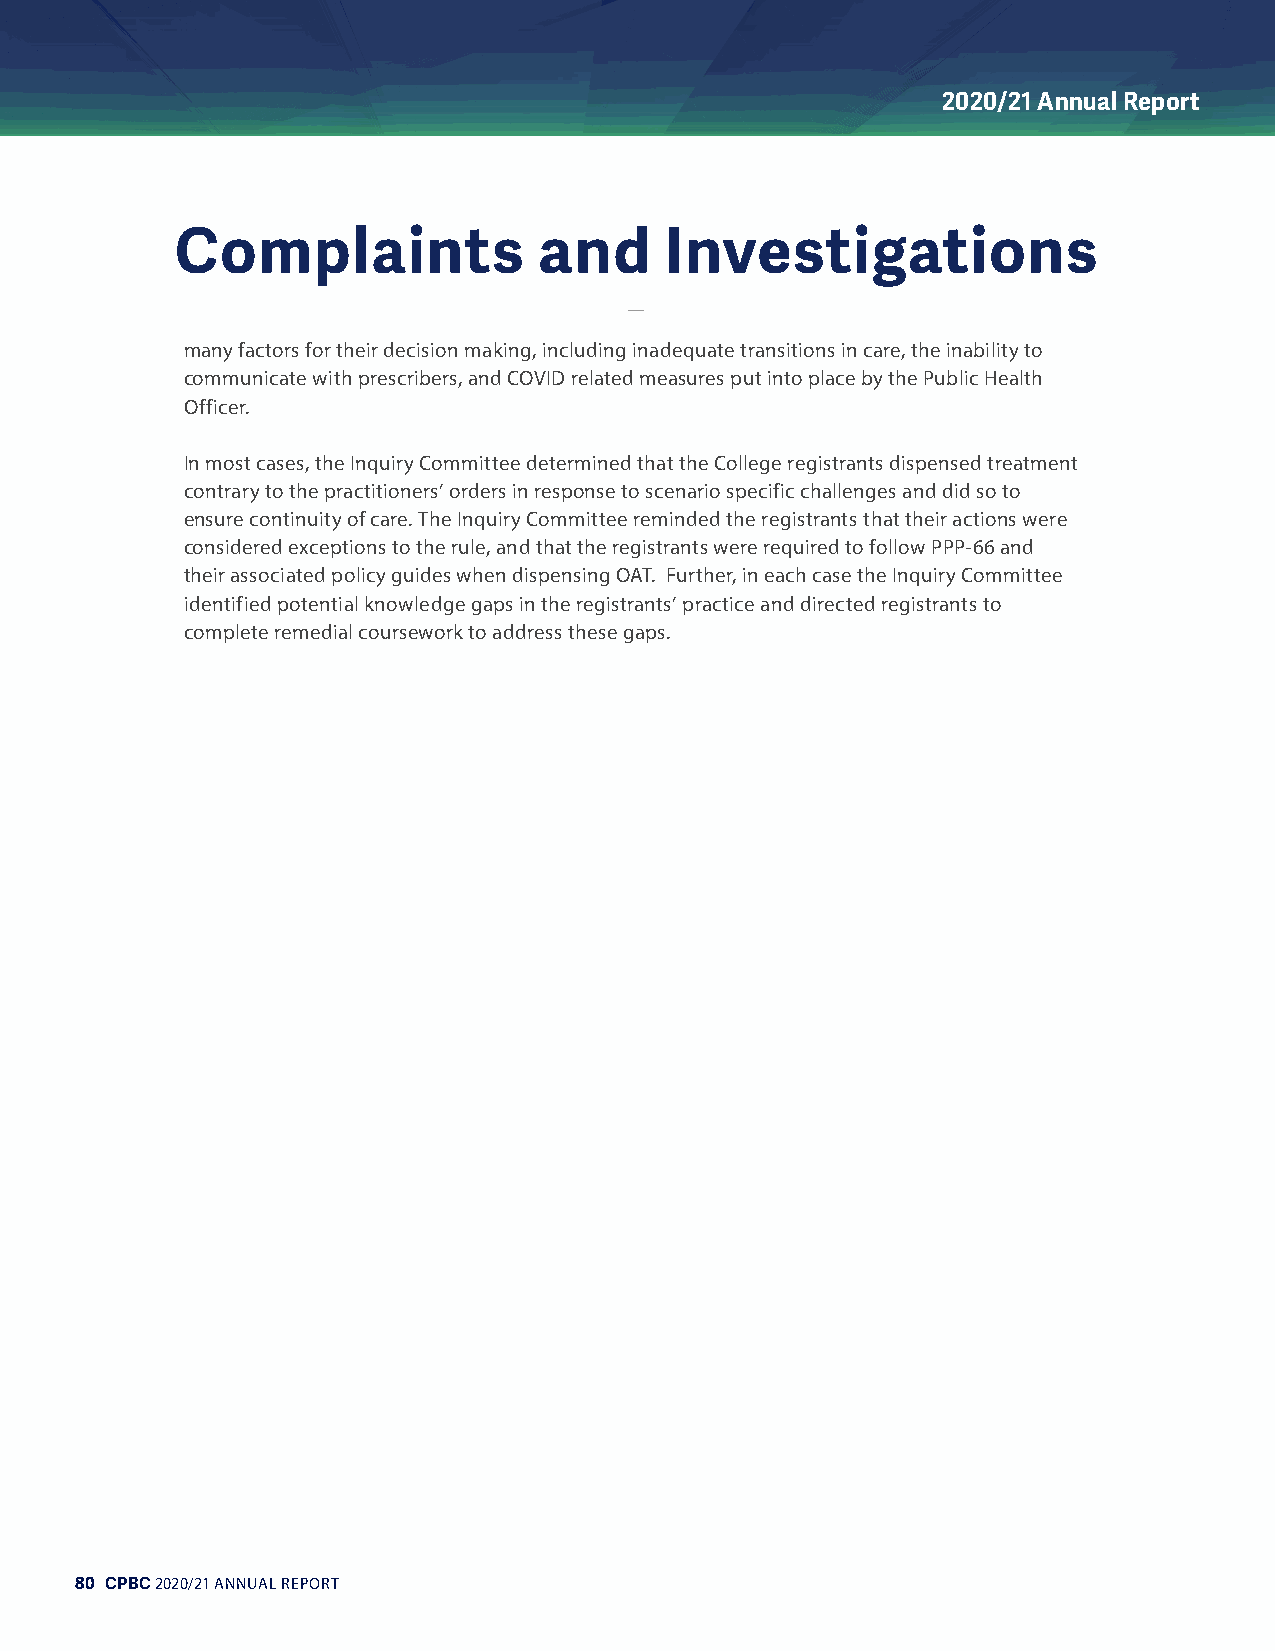
2020/21 Annual Report
 CCoommppllaaiinnttss    aanndd  IInnvveessttiiggaattiioonnss
 many factors for their decision making, including inadequate transitions in care, the inability to
 communicate with prescribers, and COVID related measures put into place by the Public Health
 Officer.
 In most cases, the Inquiry Committee determined that the College registrants dispensed treatment
 contrary to the practitioners’ orders in response to scenario specific challenges and did so to
 ensure continuity of care. The Inquiry Committee reminded the registrants that their actions were
 considered exceptions to the rule, and that the registrants were required to follow PPP-66 and
 their associated policy guides when dispensing OAT. Further, in each case the Inquiry Committee
 identified potential knowledge gaps in the registrants’ practice and directed registrants to
 complete remedial coursework to address these gaps.
 80 CPBC 2020/21 ANNUAL REPORT